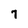
Character: 7